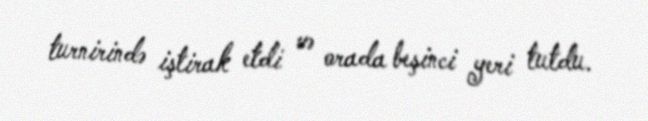
turnirində iştirak etdi və orada beşinci yeri tutdu.